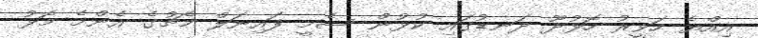
އިއްޔެ ހަވީރު ހޮޅުދޫ ދަނޑުގައި ކުޅުން ސެމީ ފައިނަލް މެޗުގެ އެންމެ މޮޅު